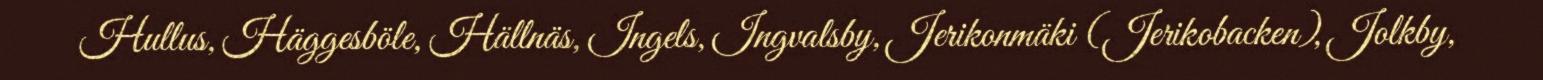
Hullus, Häggesböle, Hällnäs, Ingels, Ingvalsby, Jerikonmäki (Jerikobacken), Jolkby,